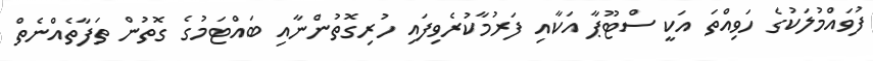
ފުވައްމުލަކުގެ ހަވިއްތަ އަކީ ސްޓޫޕާ އަކާއި ފަރުމާކުރެވިފައި ހުރިގޮތުންނާއި ބައްޓަމުގެ ގޮތުން ތަފާތެއްނެތް